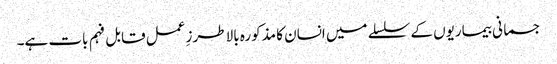
جسمانی بیماریوں کے سلسلے میں انسان کا مذکورہ بالا طرزِ عمل قابل فہم بات ہے۔